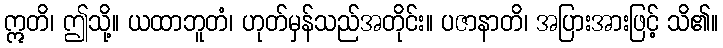
ဣတိ၊ ဤသို့။ ယထာဘူတံ၊ ဟုတ်မှန်သည်အတိုင်း။ ပဇာနာတိ၊ အပြားအားဖြင့် သိ၏။